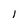
Character: I